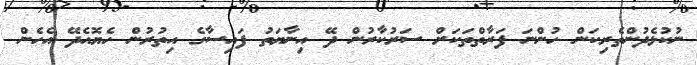
ނުކުޅެދުންތެރިކަން ހުންނަ ފަރާތްތަކަށް ސަރުކާރުން ދޭ އިނާޔަތު ފައިސާގެ އިތުރުން ހެޔޮއެދޭ އެހެން